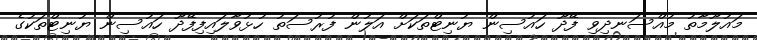
މައުލޫމާތު މުއްސަނދިވި ފޭދޫ ހައުސިން ޔުނިޓްތަކަށް އަލުން ފުރުސަތު ހުޅުވާލައިފިފޭދޫ ހައުސިން ޔުނިޓްތަކުގެ